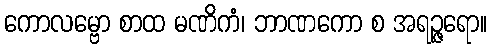
ကောလမ္ဗော စာထ မဏိကံ၊ ဘာဏကော စ အရဉ္ဇရော။